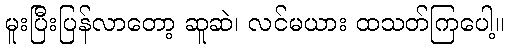
မူးပြီးပြန်လာတော့ ဆူဆဲ၊ လင်မယား ထသတ်ကြပေါ့။